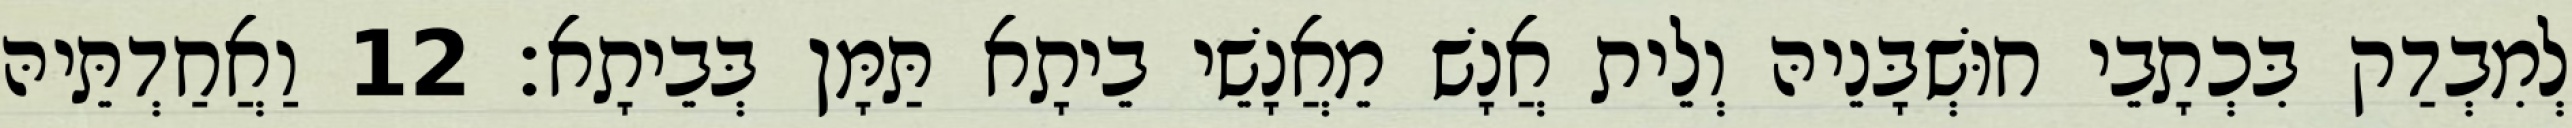
לְמִבְדַק בִּכְתָבֵי חוּשְׁבָּנֵיהּ וְלֵית אֲנָשׁ מֵאֲנָשֵׁי בֵיתָא תַּמָּן בְּבֵיתָא׃ 12 וַאֲחַדְתֵּיהּ